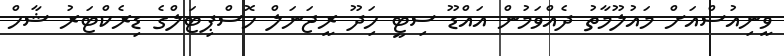
ވީނިއުސްއަށް މައުލޫމާތު ދެއްވަމުން އައްޑޫ ސިޓީ ހިަދޫ ރީޖަނަލް ހޮސްޕިޓަލްގެ ޑިރެކްޓަރު ޝާހް